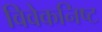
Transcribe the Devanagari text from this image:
विवेकनिष्ट